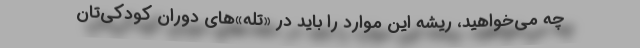
چه می‌خواهید، ریشه این موارد را باید در «تله‌»های دوران کودکی‌تان